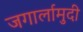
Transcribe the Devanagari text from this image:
जगार्लामुदी